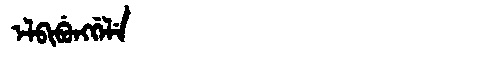
Manchu: ᡝᠯᠪᡳᠪᡠᠩᡤᡝᠯᡝ
Romanization: ELBIBUNGGELE